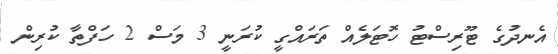
އެނދުގެ ޓޫރިސްޓު ހޮޓަލެއް ތަރައްގީ ކުރަނީ 3 މަސް 2 ހަފްތާ ކުރިން